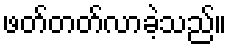
ဖတ်တတ်လာခဲ့သည်။